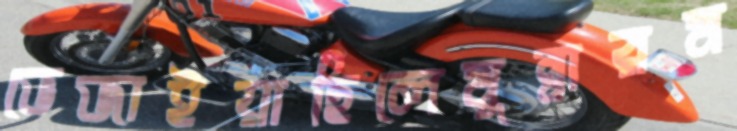
ভেজাইয়াছিলেমুন্নারম